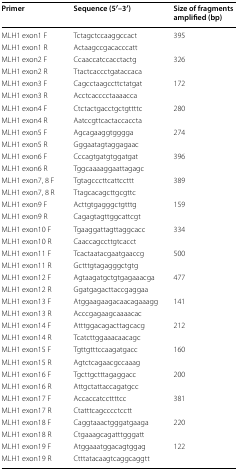
<table><thead><tr><td><b>Primer</b></td><td><b>Sequence (5′–3′)</b></td><td><b>Size of fragments amplified (bp)</b></td></tr></thead><tbody><tr><td>MLH1 exon1 F</td><td>Tctagctccaaggccact</td><td>395</td></tr><tr><td>MLH1 exon1 R</td><td>Actaagccgacacccatt</td><td></td></tr><tr><td>MLH1 exon2 F</td><td>Ccaaccatccacctactg</td><td>326</td></tr><tr><td>MLH1 exon2 R</td><td>Ttactcaccctgataccaca</td><td></td></tr><tr><td>MLH1 exon3 F</td><td>Cagcctaagccttctatgat</td><td>172</td></tr><tr><td>MLH1 exon3 R</td><td>Acctcacccctaaaacca</td><td></td></tr><tr><td>MLH1 exon4 F</td><td>Ctctactgacctgctgttttc</td><td>280</td></tr><tr><td>MLH1 exon4 R</td><td>Aatccgttcactaccaccta</td><td></td></tr><tr><td>MLH1 exon5 F</td><td>Agcagaaggtgggga</td><td>274</td></tr><tr><td>MLH1 exon5 R</td><td>Gggaatagtaggagaac</td><td></td></tr><tr><td>MLH1 exon6 F</td><td>Cccagtgatgtggatgat</td><td>396</td></tr><tr><td>MLH1 exon6 R</td><td>Tggcaaaaggaattagagc</td><td></td></tr><tr><td>MLH1 exon7, 8 F</td><td>Tgtagcccttcattccttt</td><td>389</td></tr><tr><td>MLH1 exon7, 8 R</td><td>Ttagcacagcttgcgttc</td><td></td></tr><tr><td>MLH1 exon9 F</td><td>Acttgtgagggctgtttg</td><td>159</td></tr><tr><td>MLH1 exon9 R</td><td>Cagagtagttggcattcgt</td><td></td></tr><tr><td>MLH1 exon10 F</td><td>Tgaaggattagttaggcacc</td><td>334</td></tr><tr><td>MLH1 exon10 R</td><td>Caaccagccttgtcacct</td><td></td></tr><tr><td>MLH1 exon11 F</td><td>Tcactaatacgaatgaaccg</td><td>500</td></tr><tr><td>MLH1 exon11 R</td><td>Gctttgtagagggctgtg</td><td></td></tr><tr><td>MLH1 exon12 F</td><td>Agtaagatgctgtgagaaacga</td><td>477</td></tr><tr><td>MLH1 exon12 R</td><td>Ggatgagacttaccgaggaa</td><td></td></tr><tr><td>MLH1 exon13 F</td><td>Atggaagaagacaacagaaagg</td><td>141</td></tr><tr><td>MLH1 exon13 R</td><td>Acccgagaagcaaaacac</td><td></td></tr><tr><td>MLH1 exon14 F</td><td>Atttggacagacttagcacg</td><td>212</td></tr><tr><td>MLH1 exon14 R</td><td>Tcatcttggaaacaacagc</td><td></td></tr><tr><td>MLH1 exon15 F</td><td>Tgttgtttccaagatgacc</td><td>160</td></tr><tr><td>MLH1 exon15 R</td><td>Agtctcagaacgccaaag</td><td></td></tr><tr><td>MLH1 exon16 F</td><td>Tgcttgctttagaggacc</td><td>200</td></tr><tr><td>MLH1 exon16 R</td><td>Attgctattaccagatgcc</td><td></td></tr><tr><td>MLH1 exon17 F</td><td>Accaccatccttttcc</td><td>381</td></tr><tr><td>MLH1 exon17 R</td><td>Ctatttcagcccctcctt</td><td></td></tr><tr><td>MLH1 exon18 F</td><td>Caggtaaactgggatgaaga</td><td>220</td></tr><tr><td>MLH1 exon18 R</td><td>Ctgaaagcagatttgggatt</td><td></td></tr><tr><td>MLH1 exon19 F</td><td>Atggaaatggacagtggag</td><td>122</td></tr><tr><td>MLH1 exon19 R</td><td>Ctttatacaagtcaggcaggtt</td><td></td></tr></tbody></table>